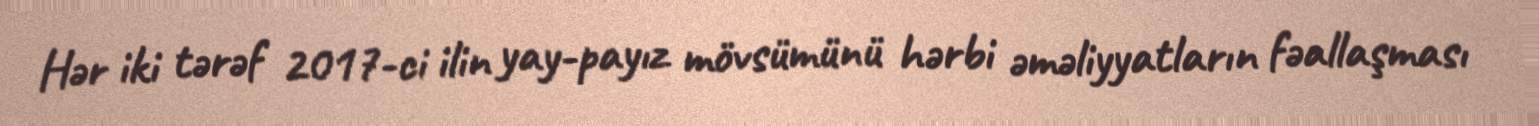
Hər iki tərəf 2017-ci ilin yay-payız mövsümünü hərbi əməliyyatların fəallaşması